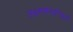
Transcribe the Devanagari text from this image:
लक्ष्मणेनान्वितो